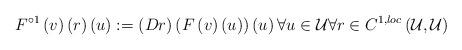
LaTeX: \begin{align*}F^{\circ 1}\left( v\right) \left( r\right) \left( u\right) :=\left(Dr\right) \left( F\left( v\right) \left( u\right) \right) \left( u\right) \forall u\in \mathcal{U}\forall r\in C^{1,loc}\left( \mathcal{U},\mathcal{U}\right) \end{align*}